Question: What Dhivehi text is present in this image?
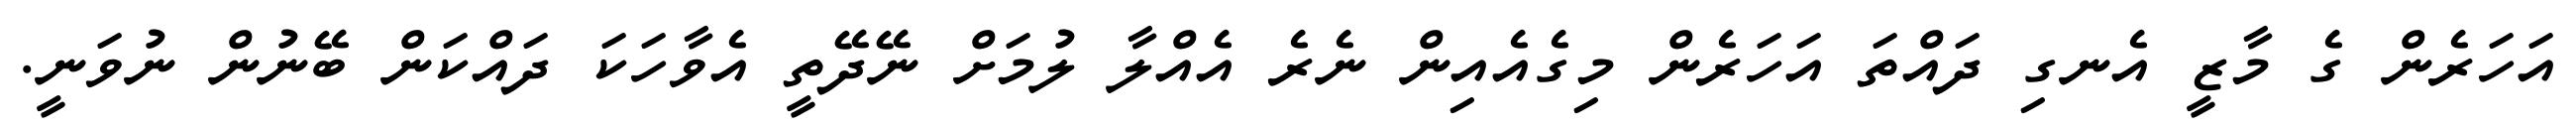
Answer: އަހަރެން ގެ މާޒީ އެނގި ދައްތަ އަހަރެން މިގެއެއިން ނެރެ އެއްލާ ލުމަށް ނޭދޭތީ އެވާހަކަ ދައްކަން ބޭނުން ނުވަނީ.